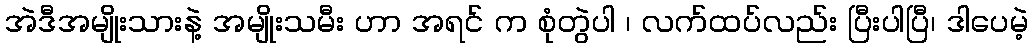
အဲဒီအမျိုးသားနဲ့ အမျိုးသမီး ဟာ အရင် က စုံတွဲပါ ၊ လက်ထပ်လည်း ပြီးပါပြီ၊ ဒါပေမဲ့